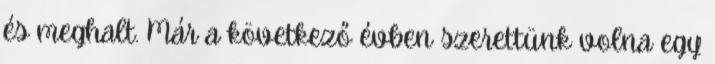
és meghalt. Már a következő évben szerettünk volna egy